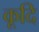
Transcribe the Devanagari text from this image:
कूदि